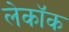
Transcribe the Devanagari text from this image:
लेकॉक